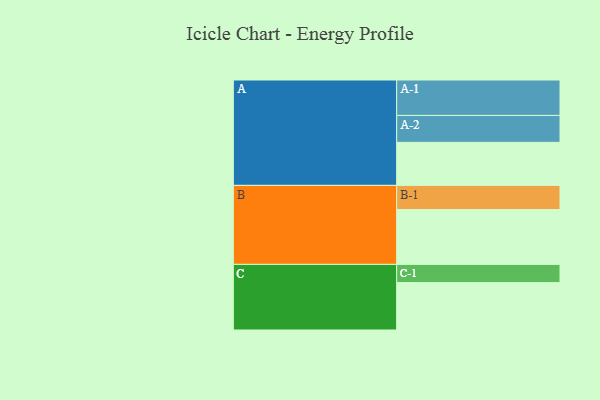
{"axis": {"x": "Segment", "y": "Value"}, "legend": ["", "A", "B", "C"], "data": [{"x": "A", "y": 328, "type": ""}, {"x": "B", "y": 418, "type": ""}, {"x": "C", "y": 361, "type": ""}, {"x": "A-1", "y": 270, "type": "A"}, {"x": "A-2", "y": 205, "type": "A"}, {"x": "B-1", "y": 184, "type": "B"}, {"x": "C-1", "y": 139, "type": "C"}]}